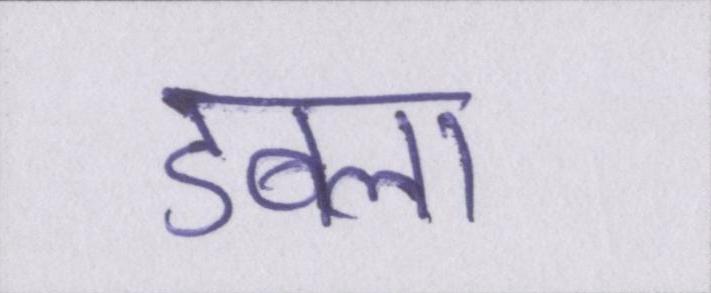
डबला